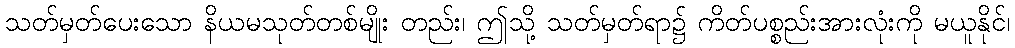
သတ်မှတ်ပေးသော နိယမသုတ်တစ်မျိုး တည်း၊ ဤသို့ သတ်မှတ်ရာ၌ ကိတ်ပစ္စည်းအားလုံးကို မယူနိုင်၊